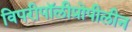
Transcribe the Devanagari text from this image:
विपरीपॉलीप्रोपीलीन